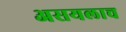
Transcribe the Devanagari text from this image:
असयलाच